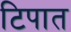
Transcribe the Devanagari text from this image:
टिपात